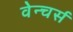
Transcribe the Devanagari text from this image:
वेन्चर्स